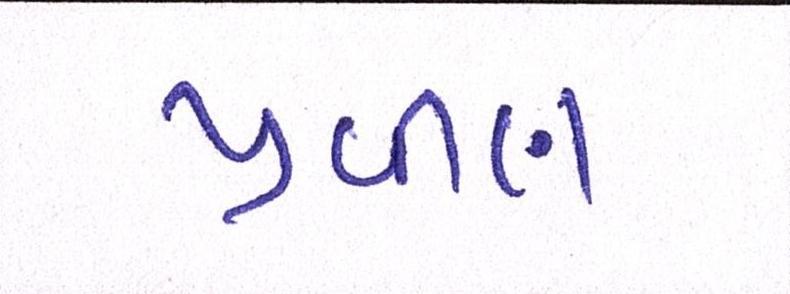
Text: પ્રવીણ